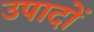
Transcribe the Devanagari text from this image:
उपादों